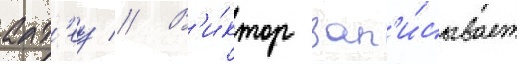
алт'еу // В'и́ктор зап'и́сывает